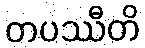
တပဿီတိ